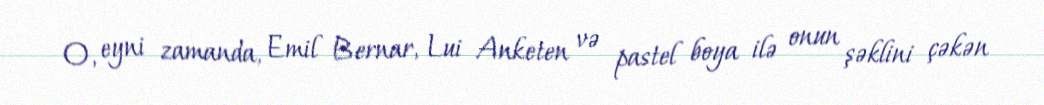
O, eyni zamanda, Emil Bernar, Lui Anketen və pastel boya ilə onun şəklini çəkən